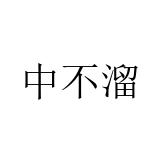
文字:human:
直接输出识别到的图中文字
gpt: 中不溜